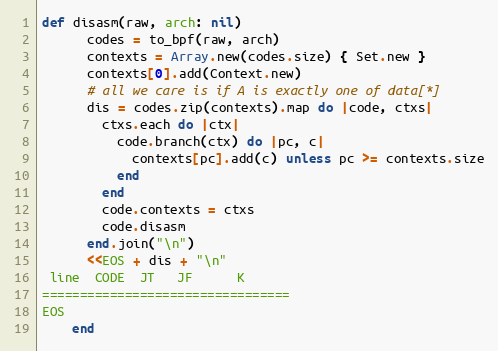
Language: Ruby
def disasm(raw, arch: nil)
      codes = to_bpf(raw, arch)
      contexts = Array.new(codes.size) { Set.new }
      contexts[0].add(Context.new)
      # all we care is if A is exactly one of data[*]
      dis = codes.zip(contexts).map do |code, ctxs|
        ctxs.each do |ctx|
          code.branch(ctx) do |pc, c|
            contexts[pc].add(c) unless pc >= contexts.size
          end
        end
        code.contexts = ctxs
        code.disasm
      end.join("\n")
      <<EOS + dis + "\n"
 line  CODE  JT   JF      K
=================================
EOS
    end